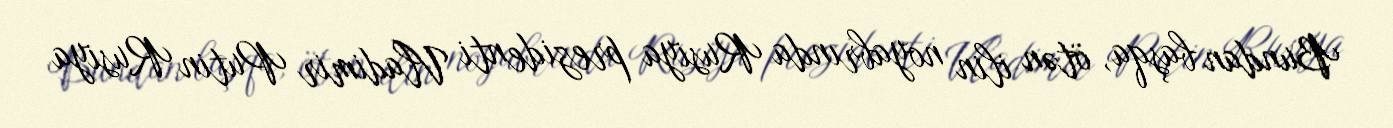
Bundan başqa, ötən ilin noyabrında Rusiya prezidenti Vladimir Putin Rusiya